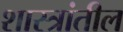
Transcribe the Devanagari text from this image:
शास्त्रांतील